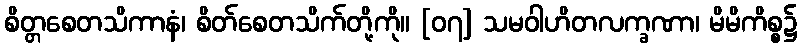
စိတ္တစေတသိကာနံ၊ စိတ်စေတသိက်တို့ကို။ [၀၇] သမဝါဟိတလက္ခဏာ၊ မိမိကိစ္စ၌